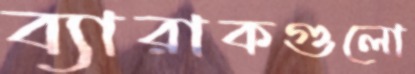
ব্যারাকগুলো